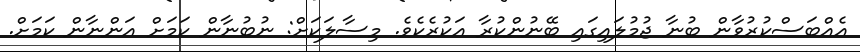
އެއްބަސްކުރުވާން ބުނާ ޖުމުލައިގައި ބޭނުންކުރާ އަކުރެކެވެ. މިސާލަކަށް: ނުބުނާން ކަމަށް އަންނާން ކަމަށް.